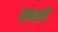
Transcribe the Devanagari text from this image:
ढकली